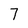
Character: 7